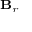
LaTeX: \scriptstyle \mathbf { B } _ { r }